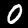
Digit: 0